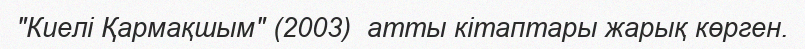
"Киелі Қармақшым" (2003)  атты кітаптары жарық көрген.